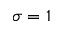
\sigma = 1